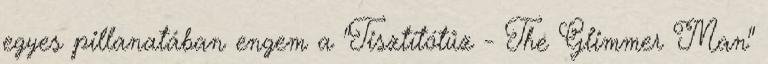
egyes pillanatában engem a "Tisztítótűz - The Glimmer Man"